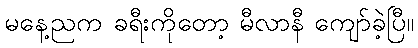
မနေ့ညက ခရီးကိုတော့ မီလာနီ ကျော်ခဲ့ပြီ။